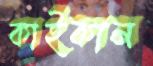
কাইকান